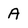
Character: A